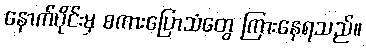
နောက်ပိုင်းမှ စကားပြောသံတွေ ကြားနေရသည်။